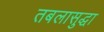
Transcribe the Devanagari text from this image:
तबलासुद्धा